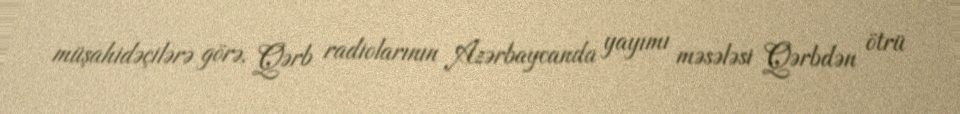
müşahidəçilərə görə, Qərb radiolarının Azərbaycanda yayımı məsələsi Qərbdən ötrü